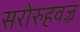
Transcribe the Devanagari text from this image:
सरोरुहवज्र